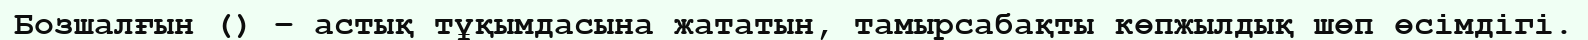
Бозшалғын () – астық тұқымдасына жататын, тамырсабақты көпжылдық шөп өсімдігі.